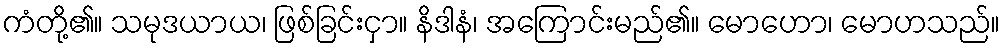
ကံတို့၏။ သမုဒယာယ၊ ဖြစ်ခြင်းငှာ။ နိဒါနံ၊ အကြောင်းမည်၏။ မောဟော၊ မောဟသည်။